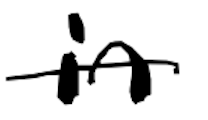
Text: in
Cross-out: single-line
Writing tool: digital_black